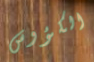
الكؤوس